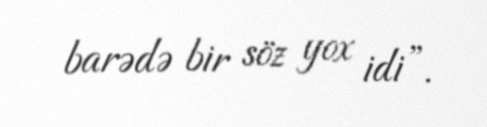
barədə bir söz yox idi”.